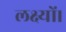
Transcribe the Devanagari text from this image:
लक्ष्यों।